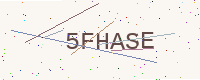
Text: 5FHASE